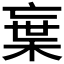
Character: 𭪭